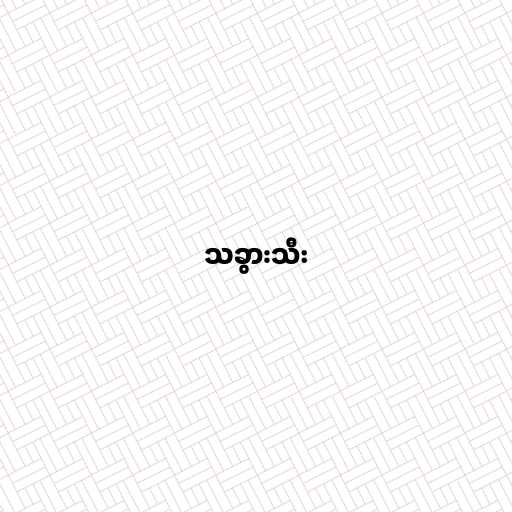
သခွားသီး